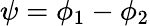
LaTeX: \psi=\phi_{1}-\phi_{2}